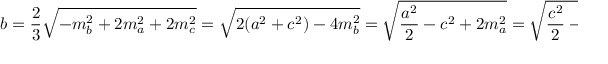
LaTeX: b = { \frac { 2 } { 3 } } { \sqrt { - m _ { b } ^ { 2 } + 2 m _ { a } ^ { 2 } + 2 m _ { c } ^ { 2 } } } = { \sqrt { 2 ( a ^ { 2 } + c ^ { 2 } ) - 4 m _ { b } ^ { 2 } } } = { \sqrt { { \frac { a ^ { 2 } } { 2 } } - c ^ { 2 } + 2 m _ { a } ^ { 2 } } } = { \sqrt { { \frac { c ^ { 2 } } { 2 } } - a ^ { 2 } + 2 m _ { c } ^ { 2 } } } ,